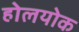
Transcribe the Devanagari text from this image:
होलयोक